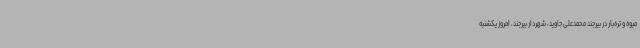
میوه و تره‌بار در بیرجند محمدعلی جاوید، شهردار بیرجند، امروز یکشنبه